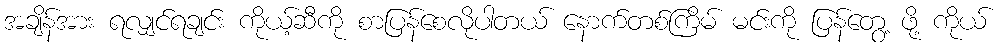
အချိန်အား ရလျှင်ရချင်း ကိုယ့်ဆီကို စာပြန်စေလိုပါတယ် နောက်တစ်ကြိမ် မင်းကို ပြန်တွေ့ ဖို့ ကိုယ်